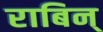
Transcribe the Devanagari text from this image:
राबिन्‌